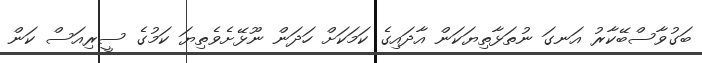
ބަގުވާސްބޭކާރު އަނގަ ނުތަޅާތިޔަކަން އާދައިގެ ކަމަކަށް ހަދަން ނޫޅޭށެވެތިޔަ ކަމުގެ ސީރިއަސް ކަން